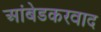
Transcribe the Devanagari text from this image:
अांबेडकरवाद